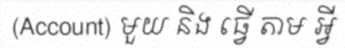
(Account) មួយ និង ធ្វើ តាម អ្វី